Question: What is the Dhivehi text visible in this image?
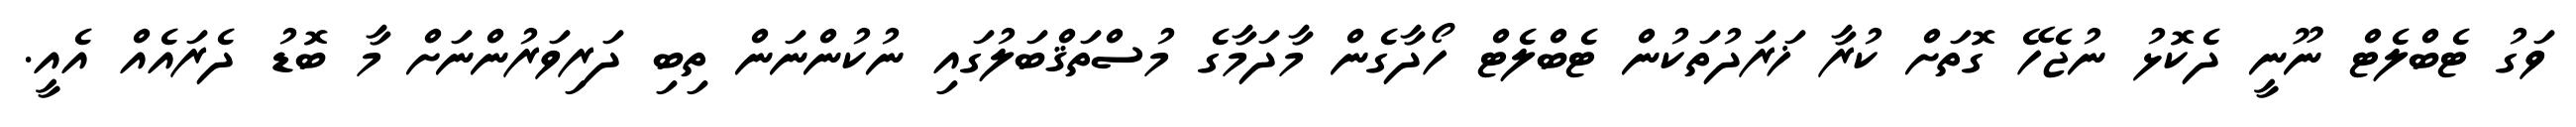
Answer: ވަގު ޓެބްލެޓް ނޫނީ ދެކޮޅު ނުޖެހޭ ގޮތަށް ކުރާ ޚަރަދުތަކުން ޓެބްލެޓް ހޯދާގެން މާދަމާގެ މުސްތަޤްބަލުގައި ނުކުންނަން ތިބި ދަރިވަރުންނަށް މާ ބޮޑު ދެރައެއް އެއީ.